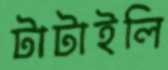
টাটাইলি